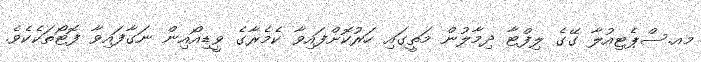
މއ.ސްޕެޓިއުލާ ގޭގެ ލިފްޓާ ދިމާލުން މަތީގައި ހަރުކޮށްފައިވާ ކެމެރާގެ ވީޑިއޯއިން ނަގާފައިވާ ފޮޓޯތަކެކެވެ.